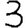
Digit: 3